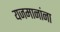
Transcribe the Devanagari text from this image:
यजमानांना